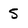
Character: 5